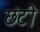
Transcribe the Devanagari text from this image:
छंटी